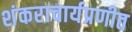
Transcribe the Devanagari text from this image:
शंकराचार्यप्रणीत